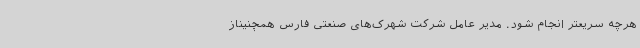
هرچه سریعتر انجام شود. مدیر عامل شرکت شهرک‌های صنعتی فارس همچنیناز